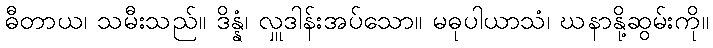
ဓီတာယ၊ သမီးသည်။ ဒိန္နံ၊ လှူဒါန်းအပ်သော။ မဓုပါယာသံ၊ ဃနာနို့ဆွမ်းကို။